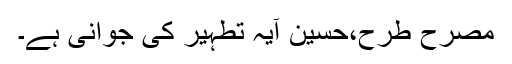
مصرح طرح،حسینؑ آیہ تطہیر کی جوانی ہے۔